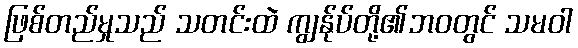
ဖြစ်တည်မှုသည် သတင်းထဲ ကျွန်ုပ်တို့၏ဘဝတွင် သမဝါ